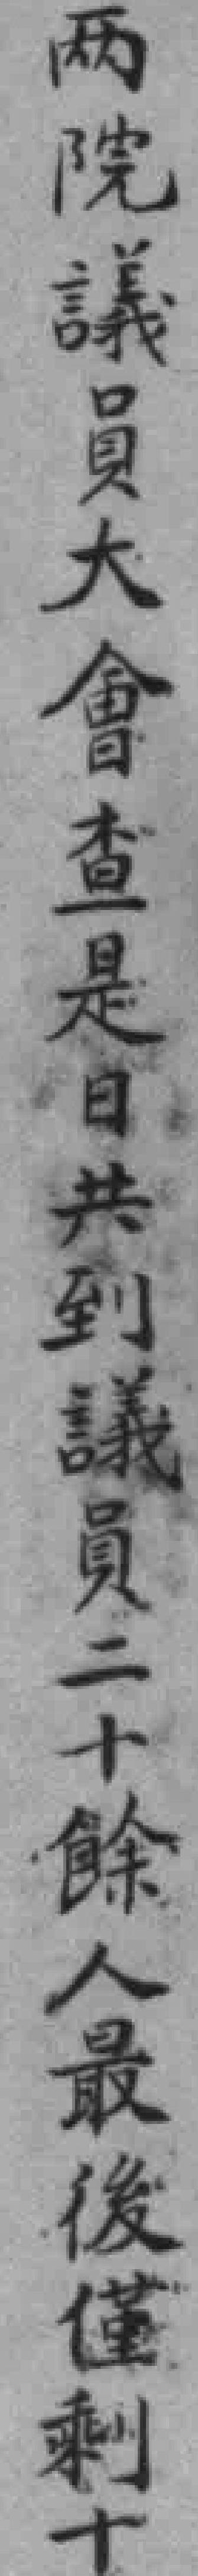
兩院議員大會查是日共到議員二十餘人最後僅剩十